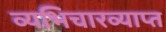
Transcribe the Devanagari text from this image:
व्यभिचारव्याप्त